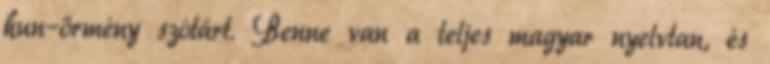
hun–örmény szótárt. Benne van a teljes magyar nyelvtan, és